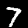
Digit: 7